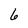
Character: 6